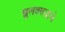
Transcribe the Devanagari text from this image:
खुलवण्याचे